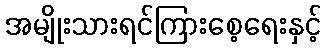
အမျိုးသားရင်ကြားစေ့ရေးနှင့်